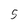
Character: 5